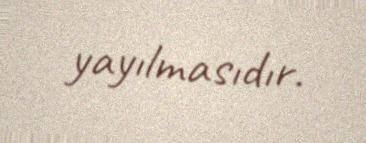
yayılmasıdır.